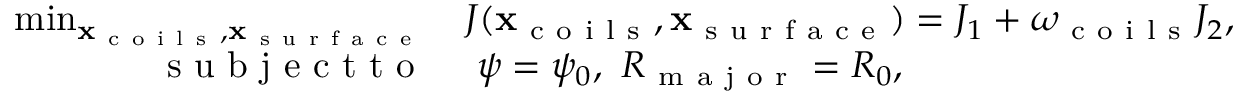
\begin{array} { r l } { \operatorname* { m i n } _ { \mathbf x _ { \mathrm { ~ c ~ o ~ i ~ l ~ s ~ } } , \mathbf x _ { \mathrm { ~ s ~ u ~ r ~ f ~ a ~ c ~ e ~ } } } } & { { } J ( \mathbf x _ { \mathrm { ~ c ~ o ~ i ~ l ~ s ~ } } , \mathbf x _ { \mathrm { ~ s ~ u ~ r ~ f ~ a ~ c ~ e ~ } } ) = J _ { 1 } + \omega _ { \mathrm { ~ c ~ o ~ i ~ l ~ s ~ } } J _ { 2 } , } \\ { \mathrm { ~ s ~ u ~ b ~ j ~ e ~ c ~ t ~ t ~ o ~ } } & { { } ~ \psi = \psi _ { 0 } , ~ R _ { \mathrm { ~ m ~ a ~ j ~ o ~ r ~ } } = R _ { 0 } , } \end{array}